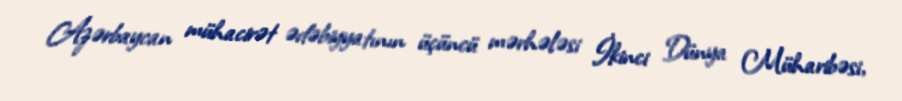
Azərbaycan mühacirət ədəbiyyatının üçüncü mərhələsi İkinci Dünya Müharibəsi,